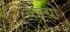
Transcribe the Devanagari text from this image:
कैस्‍यो